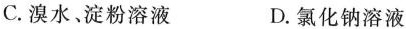
C.溴水、淀粉溶液 D.氯化钠溶液